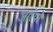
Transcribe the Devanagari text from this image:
जारेयों